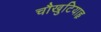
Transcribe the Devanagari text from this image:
चौखुटियाहृ